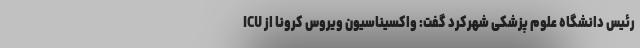
ICU رئیس دانشگاه علوم پزشکی شهرکرد گفت: واکسیناسیون ویروس کرونا از